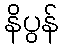
နိပွန်